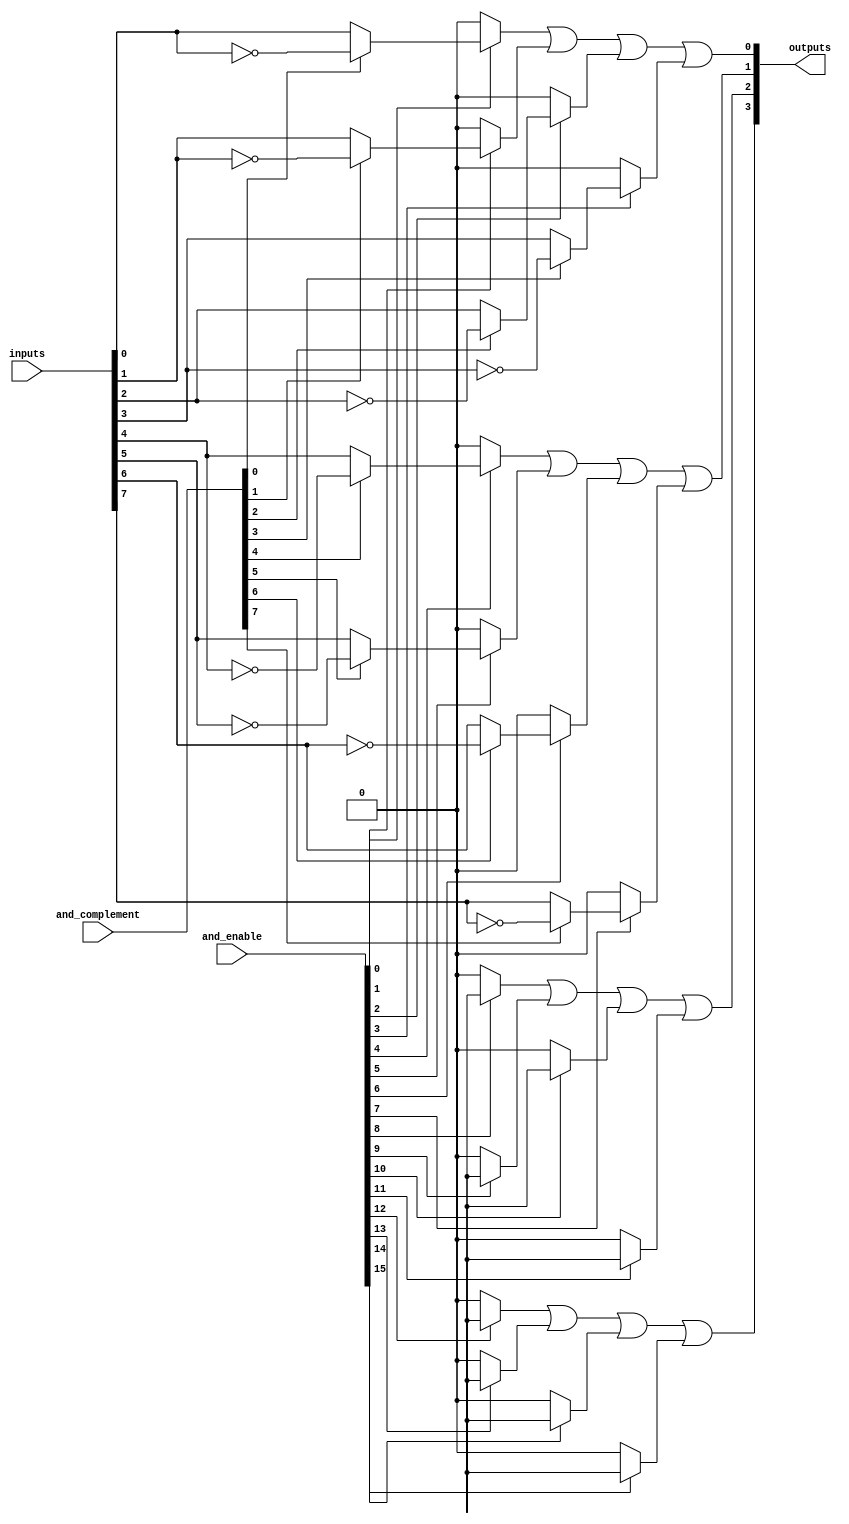
module hs_pal #(
    parameter NUM_INPUTS = 8,    // Number of inputs
    parameter NUM_AND_GATES = 16, // Number of programmable AND gates
    parameter NUM_OR_GATES = 4    // Number of fixed OR gates
)(
    input wire [NUM_INPUTS-1:0] inputs,         // Input signals
    input wire [NUM_AND_GATES-1:0] and_enable,  // Control signals for AND gates
    input wire [NUM_INPUTS-1:0] and_complement,  // Complement control for AND gates
    output wire [NUM_OR_GATES-1:0] outputs       // Output signals
);

// Internal signals for AND gate outputs
wire [NUM_AND_GATES-1:0] and_outputs;

// Programmable AND array
genvar i;
generate
    for (i = 0; i < NUM_AND_GATES; i = i + 1) begin : and_array
        assign and_outputs[i] = and_enable[i] ? 
            (and_complement[i] ? ~inputs[i] : inputs[i]) : 1'b0;
    end
endgenerate

// Fixed OR array
assign outputs[0] = and_outputs[0] | and_outputs[1] | and_outputs[2] | and_outputs[3];
assign outputs[1] = and_outputs[4] | and_outputs[5] | and_outputs[6] | and_outputs[7];
assign outputs[2] = and_outputs[8] | and_outputs[9] | and_outputs[10] | and_outputs[11];
assign outputs[3] = and_outputs[12] | and_outputs[13] | and_outputs[14] | and_outputs[15];

endmodule